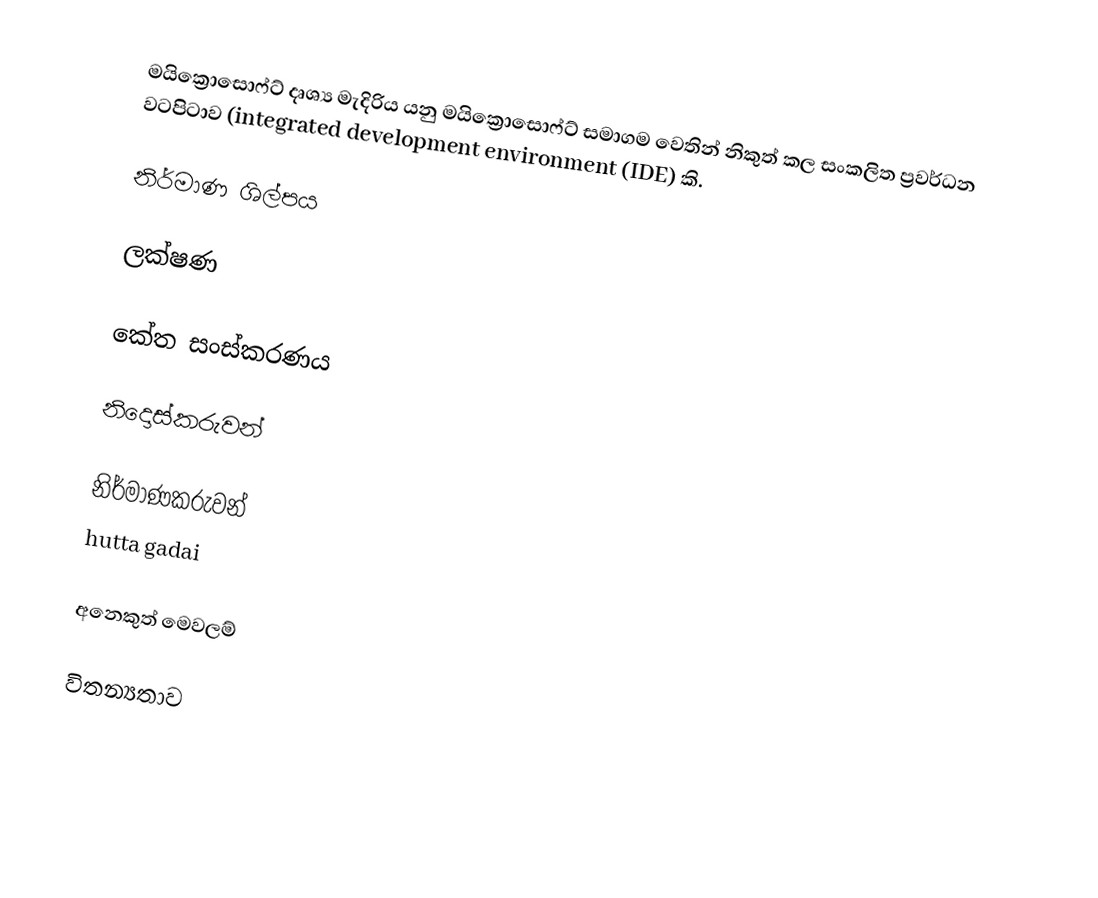
මයික්‍රොසොෆ්ට් දෘශ්‍ය මැදිරිය යනු මයික්‍රොසොෆ්ට් සමාගම වෙතින් නිකුත් කල සංකලිත ප්‍රවර්ධන වටපිටාව (integrated development environment (IDE) කි.

නිර්මාණ ශිල්පය

ලක්ෂණ

කේත සංස්කරණය

නිදොස්කරුවන්

නිර්මාණකරුවන්
hutta gadai

අනෙකුත් මෙවලම්

විතන්‍යතාව